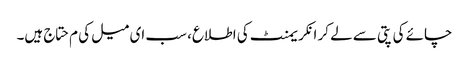
چائے کی پتی سے لے کر انکریمنٹ کی اطلاع، سب ای میل کی م حتاج ہیں۔